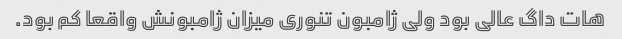
هات داگ عالی بود ولی ژامبون تنوری میزان ژامبونش واقعا کم بود.